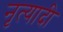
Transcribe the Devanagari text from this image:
नृत्यादी